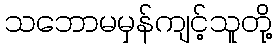
သဘောမမှန်ကျင့်သူတို့